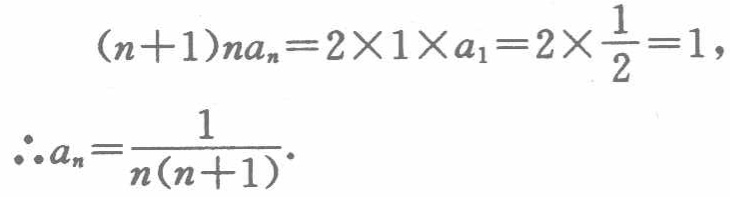
\[
\begin{align*}
(n + 1)na_n&=2\times1\times a_1=2\times\frac{1}{2}=1,\\
\therefore a_n&=\frac{1}{n(n + 1)}.
\end{align*}
\]